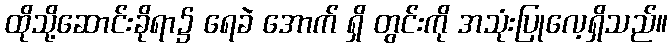
ထိုသို့ဆောင်းခိုရာ၌ ရေခဲ အောက် ရှိ တွင်းကို အသုံးပြုလေ့ရှိသည်။